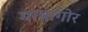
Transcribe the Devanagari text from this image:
माग्रागोर